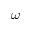
\omega